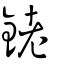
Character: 銠